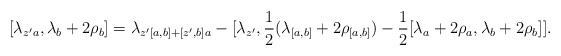
\begin{align*}[\lambda_{{z'}a}, \lambda_b + 2\rho_b] &= \lambda_{{z'}[a,b] + [{z'},b]a} - [\lambda_{z'}, \frac{1}{2}(\lambda_{[a,b]} + 2\rho_{[a,b]}) - \frac{1}{2}[\lambda_a + 2\rho_a, \lambda_b + 2 \rho_b]].\end{align*}